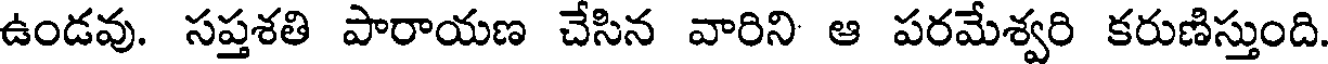
ఉండవు. సప్తశతి పారాయణ చేసిన వారిని ఆ పరమేశ్వరి కరుణిస్తుంది